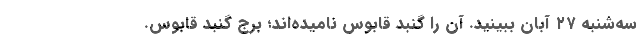
‌سه‌شنبه ۲۷ آبان ببینید. آن را گنبد قابوس نامیده‌اند؛ برج گنبد قابوس.